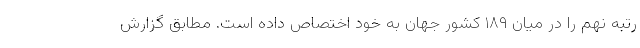
رتبه نهم را در میان ۱۸۹ کشور جهان به خود اختصاص داده است. مطابق گزارش